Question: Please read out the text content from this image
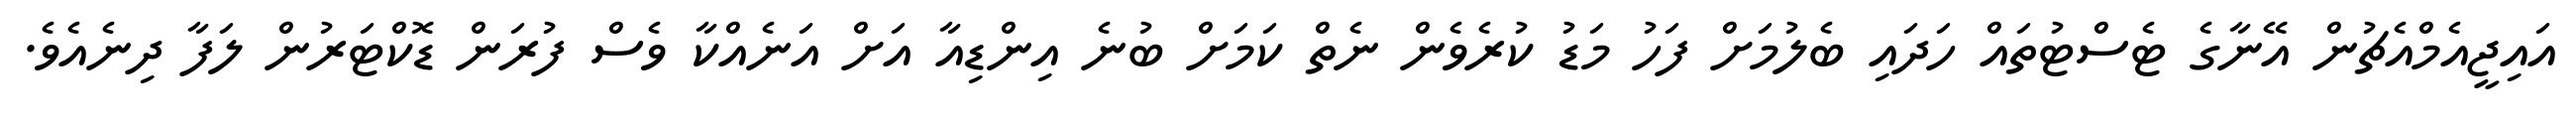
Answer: އައިޖީއެމްއެޗުން އޭނާގެ ޓެސްޓުތައް ހަދައި ބެލުމަށް ފަހު މަޑު ކުރެވެން ނެތް ކަމަށް ބުނެ އިންޑިއާ އަށް އަނެއްކާ ވެސް ފުރަން ޑޮކްޓަރުން ލަފާ ދިނެއެވެ.